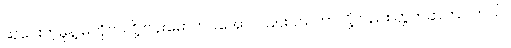
ဆုပေးတဲ့မူနဲ့ မကိုက်လို့ ဗန်းမော်တင်အောင် ငြင်းပယ်တာလို့လည်း တွက်ဆကြပါတယ်။